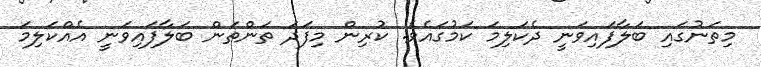
މިތަނުގައި ބަލާފައިވަނީ ދެކަލިމަ ކަމުގައެވެ. ކުރިން މިފަދަ ތަންތަން ބަލާފައިވަނީ އެއްކަލިމަ